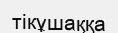
тікұшаққа